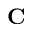
\textbf { C }